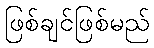
ဖြစ်ချင်ဖြစ်မည်